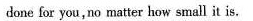
done for you,no matter how small it is.